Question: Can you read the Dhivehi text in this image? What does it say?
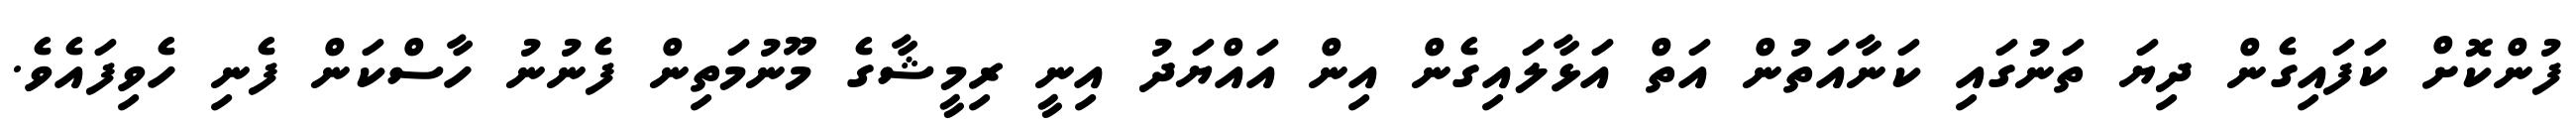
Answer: ފުންކޮށް ކަފައިގެން ދިޔަ ތަނުގައި ކަނާއަތުން އަތް އަޅާލައިގެން އިން އައްޔަދު އިނީ ރިމީޝާގެ މޫނުމަތިން ފެނުނު ހާސްކަން ފެނި ހެވިފައެވެ.